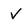
Character: V